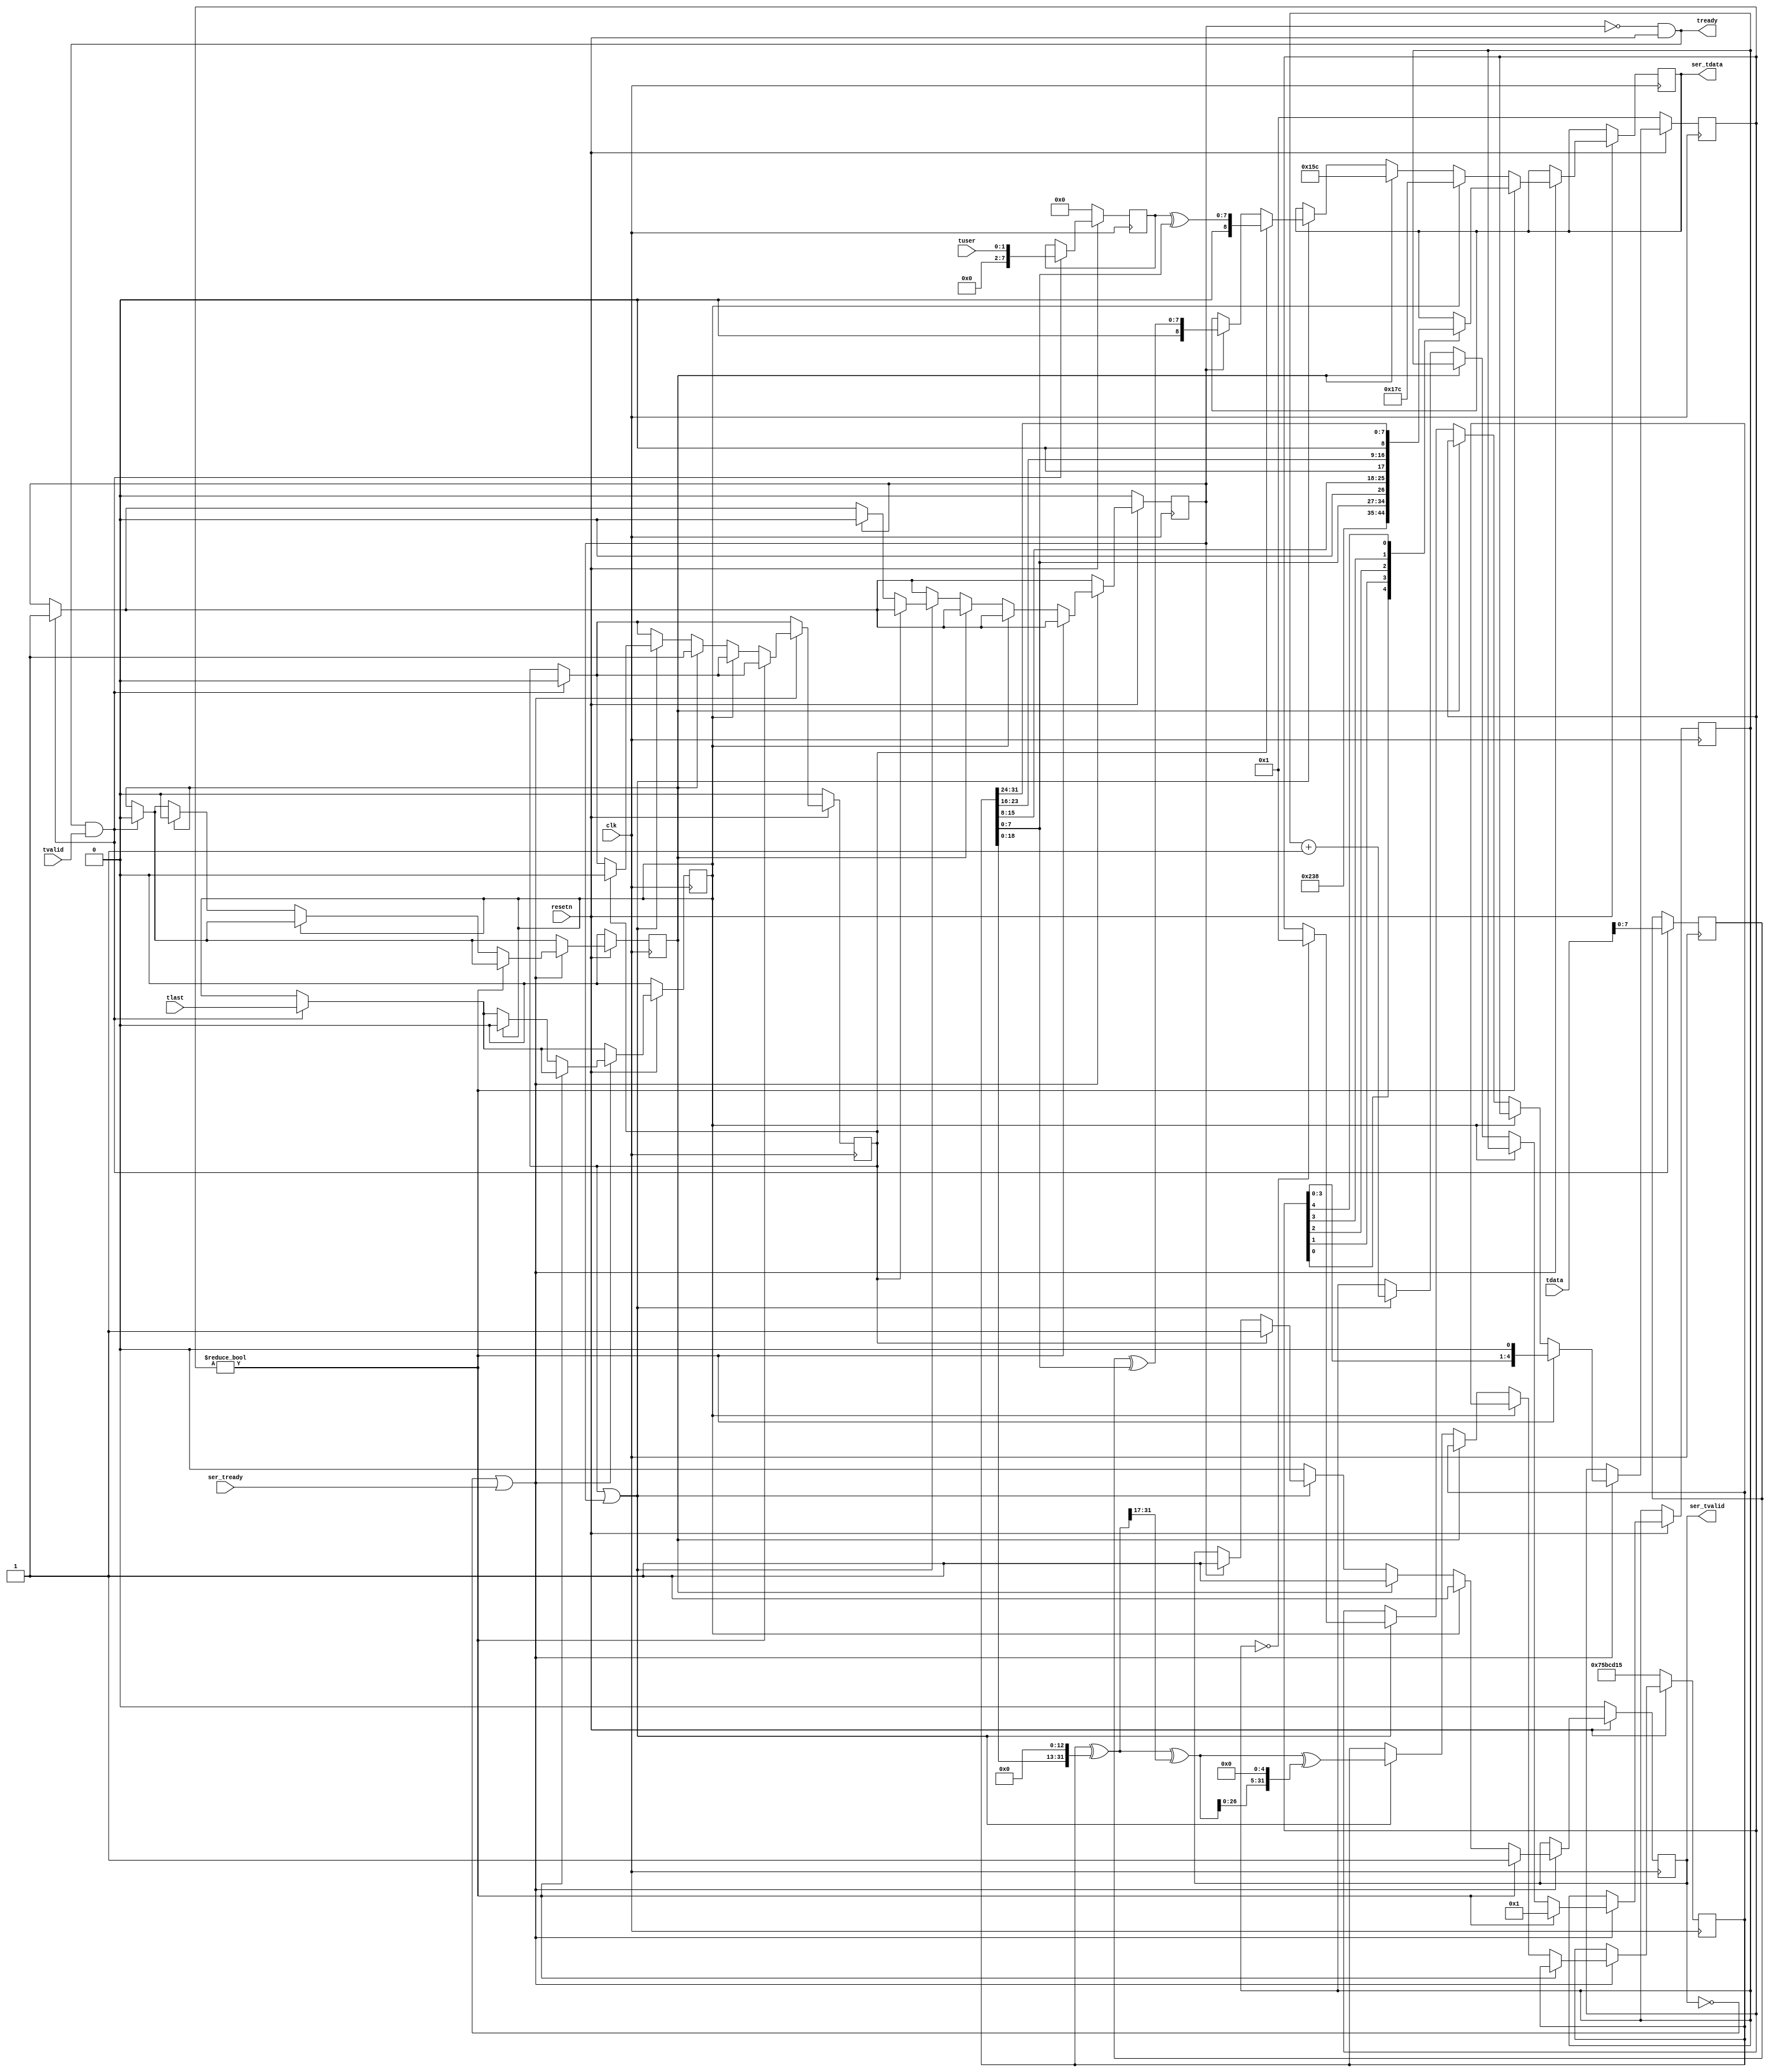
//
// PonyLink Chip-to-Chip Interconnect
//
// Copyright (C) 2014  Clifford Wolf <clifford@clifford.at>
//
// Permission to use, copy, modify, and/or distribute this software for any
// purpose with or without fee is hereby granted, provided that the above
// copyright notice and this permission notice appear in all copies.
//
// THE SOFTWARE IS PROVIDED "AS IS" AND THE AUTHOR DISCLAIMS ALL WARRANTIES
// WITH REGARD TO THIS SOFTWARE INCLUDING ALL IMPLIED WARRANTIES OF
// MERCHANTABILITY AND FITNESS. IN NO EVENT SHALL THE AUTHOR BE LIABLE FOR
// ANY SPECIAL, DIRECT, INDIRECT, OR CONSEQUENTIAL DAMAGES OR ANY DAMAGES
// WHATSOEVER RESULTING FROM LOSS OF USE, DATA OR PROFITS, WHETHER IN AN
// ACTION OF CONTRACT, NEGLIGENCE OR OTHER TORTIOUS ACTION, ARISING OUT OF
// OR IN CONNECTION WITH THE USE OR PERFORMANCE OF THIS SOFTWARE.
//

`timescale 1 ns / 1 ps
// `define NO_PONYLINK_SCRAMBLE

module ponylink_pack_8bits #(
	parameter TDATA_WIDTH = 10,
	parameter TUSER_WIDTH = 0
)(
	input clk,
	input resetn,

	input  [TDATA_WIDTH-1:0] tdata,
	input  [TUSER_WIDTH-1:0] tuser,
	input                    tvalid,
	input                    tlast,
	output                   tready,

	output reg [8:0] ser_tdata,
	output reg       ser_tvalid,
	input            ser_tready
);
	reg [31:0] rng;
	reg [11:0] rng_counter;
	reg [4:0] rng_cursor;

	reg [7:0] queue_tuser, queue_tdata;
	reg queue_tvalid, queue_tlast, queue_send_tuser, queue_send_tuser2;
	assign tready = !queue_tvalid && resetn;

	always @(posedge clk) begin
		if (tready && tvalid) begin
			queue_tuser <= tuser;
			queue_tdata <= tdata;
			queue_tlast <= tlast;
			queue_send_tuser <= (queue_tuser !== tuser) && (TUSER_WIDTH > 0);
			queue_send_tuser2 <= 0;
			queue_tvalid <= 1;
		end
		if (!resetn) begin
`ifdef NO_PONYLINK_SCRAMBLE
			rng = 0;
`else
			rng = 123456789;
`endif
			rng_cursor <= 1;
			queue_tuser <= 0;
			queue_tlast <= 0;
			queue_send_tuser <= 0;
			queue_send_tuser2 <= 0;
			queue_tvalid <= 0;
			ser_tvalid <= 0;
		end else if (!ser_tvalid || ser_tready) begin
			if (rng_cursor) begin
				(* full_case, parallel_case *)
				case (1'b1)
					rng_cursor[0]: ser_tdata <= 9'h11c;
					rng_cursor[1]: ser_tdata <= rng[ 0 +: 8];
					rng_cursor[2]: ser_tdata <= rng[ 8 +: 8];
					rng_cursor[3]: ser_tdata <= rng[16 +: 8];
					rng_cursor[4]: ser_tdata <= rng[24 +: 8];
				endcase
				ser_tvalid <= 1;
				rng_counter <= 1;
				rng_cursor <= rng_cursor << 1;
			end else if (queue_tlast) begin
				ser_tvalid <= 1;
				ser_tdata <= 9'h17c;
				queue_tlast <= 0;
			end else if (queue_send_tuser) begin
				ser_tvalid <= 1;
				ser_tdata <= 9'h15c;
				queue_send_tuser <= 0;
				queue_send_tuser2 <= 1;
			end else if (queue_send_tuser2 || queue_tvalid) begin
				if (queue_send_tuser2) begin
					ser_tvalid <= 1;
					ser_tdata <= queue_tuser ^ rng[7:0];
					queue_send_tuser2 <= 0;
				end else if (queue_tvalid) begin
					ser_tvalid <= 1;
					ser_tdata <= queue_tdata ^ rng[7:0];
					queue_tvalid <= 0;
				end
				rng = rng ^ (rng << 13);
				rng = rng ^ (rng >> 17);
				rng = rng ^ (rng << 5);
				if (!rng_counter)
					rng_cursor <= 1;
				rng_counter <= rng_counter + 1'b1;
			end else
				ser_tvalid <= 0;
		end
	end
endmodule

module ponylink_unpack_8bits #(
	parameter TDATA_WIDTH = 8,
	parameter TUSER_WIDTH = 8
) (
	input clk,
	input resetn,

	output reg [TDATA_WIDTH-1:0] tdata,
	output reg [TUSER_WIDTH-1:0] tuser,
	output reg                   tvalid,
	output reg                   tlast,
	input                        tready,

	input  [8:0] ser_tdata,
	input        ser_tvalid,
	output reg   ser_tready
);
	reg store_tuser;

	reg [31:0] rng;
	reg [3:0] rng_cursor;
	reg rng_next;

	always @(posedge clk) begin
		rng_next <= 0;
		ser_tready <= 0;
		if (tready && tvalid) begin
			tlast <= 0;
			tvalid <= 0;
		end
		if (!resetn) begin
			rng = 123456789;
			rng_cursor <= 0;
			rng_next <= 0;
			tlast <= 0;
			tvalid <= 0;
			tuser <= 0;
		end else if (!ser_tready && ser_tvalid && (!tvalid || tready)) begin
			if (rng_cursor) begin
				(* full_case, parallel_case *)
				case (1'b1)
					rng_cursor[0]: rng[ 0 +: 8] = ser_tdata[7:0];
					rng_cursor[1]: rng[ 8 +: 8] = ser_tdata[7:0];
					rng_cursor[2]: rng[16 +: 8] = ser_tdata[7:0];
					rng_cursor[3]: rng[24 +: 8] = ser_tdata[7:0];
				endcase
				rng_cursor <= rng_cursor << 1;
				ser_tready <= 1;
			end else if (store_tuser) begin
				tuser <= ser_tdata[7:0] ^ rng[7:0];
				store_tuser <= 0;
				ser_tready <= 1;
				rng_next <= 1;
			end else if (ser_tdata == 9'h17c) begin
				tlast <= 1;
				ser_tready <= 1;
			end else if (ser_tdata == 9'h15c) begin
				store_tuser <= 1;
				ser_tready <= 1;
			end else if (ser_tdata == 9'h11c) begin
				rng_cursor <= 1;
				ser_tready <= 1;
			end else begin
				tdata <= ser_tdata[7:0] ^ rng[7:0];
				tvalid <= 1;
				ser_tready <= 1;
				rng_next <= 1;
			end
		end else if (rng_next) begin
			rng = rng ^ (rng << 13);
			rng = rng ^ (rng >> 17);
			rng = rng ^ (rng << 5);
		end
	end
endmodule

module ponylink_pack_generic #(
	parameter TDATA_WIDTH = 10,
	parameter TUSER_WIDTH = 0
) (
	input clk,
	input resetn,

	input  [TDATA_WIDTH-1:0] tdata,
	input  [TUSER_WIDTH-1:0] tuser,
	input                    tvalid,
	input                    tlast,
	output reg               tready,

	output reg [8:0] ser_tdata,
	output reg       ser_tvalid,
	input            ser_tready
);
	localparam TDATA_BYTES = (TDATA_WIDTH + 7) / 8;
	localparam TUSER_BYTES = (TUSER_WIDTH + 7) / 8;

	reg [TDATA_BYTES-1:0] cursor_td;
	reg [TUSER_BYTES-1:0] cursor_tu;
	reg [8*TDATA_BYTES-1:0] current_td;
	reg [8*TUSER_BYTES-1:0] current_tu;
	reg current_tl, mkseq_tu;

	integer i;
	reg [31:0] rng;
	reg [11:0] rng_counter;
	reg [4:0] rng_cursor;

	reg [TDATA_BYTES-1:0] nxt_cursor_td;
	reg [TUSER_BYTES-1:0] nxt_cursor_tu;
	reg nxt_current_tl, nxt_mkseq_tu;

	always @(posedge clk) begin
		ser_tdata <= 'bx;
		ser_tvalid <= 0;
		tready <= 0;
		if (!resetn) begin
			cursor_td = 0;
			cursor_tu = 0;
			current_tu = 0;
			current_tl = 0;
			mkseq_tu = 0;
			nxt_cursor_td = 0;
			nxt_cursor_tu = 0;
			nxt_current_tl = 0;
			nxt_mkseq_tu = 0;
`ifdef NO_PONYLINK_SCRAMBLE
			rng = 0;
`else
			rng = 123456789;
`endif
			rng_counter = 1;
			rng_cursor = 1;
		end else begin
			if (ser_tvalid && ser_tready) begin
				if (!current_tl && !mkseq_tu && !rng_cursor) begin
					rng = rng ^ (rng << 13);
					rng = rng ^ (rng >> 17);
					rng = rng ^ (rng << 5);
					if (!rng_counter)
						rng_cursor = 1;
					rng_counter = rng_counter+1;
				end else
					rng_cursor = rng_cursor << 1;
				cursor_td = nxt_cursor_td;
				cursor_tu = nxt_cursor_tu;
				current_tl = nxt_current_tl;
				mkseq_tu = nxt_mkseq_tu;
			end
			if (tvalid && tready) begin
				cursor_td = 1;
				cursor_tu = (current_tu === tuser || TUSER_WIDTH == 0) ? 0 : 1;
				mkseq_tu = (current_tu === tuser || TUSER_WIDTH == 0) ? 0 : 1;
				current_td = tdata;
				current_tu = tuser;
				current_tl = tlast;

				nxt_cursor_td = cursor_td;
				nxt_cursor_tu = cursor_tu;
				nxt_current_tl = current_tl;
				nxt_mkseq_tu = mkseq_tu;
			end
			if (rng_cursor) begin
				if (rng_cursor[0]) ser_tdata <= 9'h11c;
				if (rng_cursor[1]) ser_tdata <= rng[ 0 +: 8];
				if (rng_cursor[2]) ser_tdata <= rng[ 8 +: 8];
				if (rng_cursor[3]) ser_tdata <= rng[16 +: 8];
				if (rng_cursor[4]) ser_tdata <= rng[24 +: 8];
				ser_tvalid <= 1;
			end else
			if (current_tl) begin
				ser_tdata <= 9'h17c;
				ser_tvalid <= 1;
				nxt_current_tl = 0;
			end else
			if (mkseq_tu) begin
				ser_tdata <= 9'h15c;
				ser_tvalid <= 1;
				nxt_mkseq_tu = 0;
			end else
			if (cursor_tu) begin
				for (i = 0; i < TUSER_BYTES; i = i+1)
					if (cursor_tu[i]) begin ser_tdata <= current_tu[8*i +: 8] ^ rng[7:0]; ser_tvalid <= 1; end
				nxt_cursor_tu = cursor_tu << 1;
			end else
			if (cursor_td) begin
				for (i = 0; i < TDATA_BYTES; i = i+1)
					if (cursor_td[i]) begin ser_tdata <= current_td[8*i +: 8] ^ rng[7:0]; ser_tvalid <= 1; end
				nxt_cursor_td = cursor_td << 1;
			end else
				tready <= 1;
		end
	end
endmodule

module ponylink_unpack_generic #(
	parameter TDATA_WIDTH = 10,
	parameter TUSER_WIDTH = 0
) (
	input clk,
	input resetn,

	output [TDATA_WIDTH-1:0] tdata,
	output [TUSER_WIDTH-1:0] tuser,
	output                   tvalid,
	output                   tlast,
	input                    tready,

	input  [8:0] ser_tdata,
	input        ser_tvalid,
	output reg   ser_tready
);
	reg [TDATA_WIDTH-1:0] buffer_td [0:7];
	reg [TUSER_WIDTH-1:0] buffer_tu [0:7];
	reg                   buffer_tl [0:7];
	reg [2:0] buffer_in, buffer_out;

	localparam TDATA_BYTES = (TDATA_WIDTH + 7) / 8;
	localparam TUSER_BYTES = (TUSER_WIDTH + 7) / 8;

	reg [TDATA_BYTES-1:0] cursor_td;
	reg [TUSER_BYTES-1:0] cursor_tu;
	reg [8*TDATA_BYTES-1:0] next_td;
	reg [8*TUSER_BYTES-1:0] next_tu;
	reg next_tl;

	integer i;
	reg [31:0] rng;
	reg [3:0] rng_cursor;
	reg reset_q;

	assign tdata = buffer_td[buffer_out];
	assign tuser = buffer_tu[buffer_out];
	assign tlast = buffer_tl[buffer_out];
	assign tvalid = buffer_in != buffer_out && resetn;

	always @(posedge clk) begin
		reset_q <= !resetn;
		if (!resetn) begin
			buffer_in <= 0;
			buffer_out <= 0;
			ser_tready <= 0;

			cursor_td = 1;
			cursor_tu = 0;
			next_tl = 0;
			next_tu = 0;
			rng = 0;
			rng_cursor = 0;
		end else begin
			if (!cursor_td && !cursor_tu) begin
				buffer_td[buffer_in] <= next_td;
				buffer_tu[buffer_in] <= next_tu;
				buffer_tl[buffer_in] <= next_tl;
				buffer_in <= buffer_in + 1;
				ser_tready <= (buffer_out - buffer_in) > 3'd3;

				cursor_td = 1;
				next_tl = 0;
			end
			if (ser_tvalid && ser_tready) begin
				if (ser_tdata == 9'h11c) begin
					rng_cursor = 1;
				end else
				if (ser_tdata == 9'h15c && TUSER_BYTES) begin
					cursor_tu = 1;
				end else
				if (ser_tdata == 9'h17c) begin
					next_tl = 1;
				end else
				if (rng_cursor) begin
					if (rng_cursor[0]) rng[ 0 +: 8] = ser_tdata;
					if (rng_cursor[1]) rng[ 8 +: 8] = ser_tdata;
					if (rng_cursor[2]) rng[16 +: 8] = ser_tdata;
					if (rng_cursor[3]) rng[24 +: 8] = ser_tdata;
					rng_cursor = rng_cursor << 1;
				end else begin
					for (i = 0; i < TUSER_BYTES; i = i+1)
						if (cursor_tu[i]) next_tu[8*i +: 8] = ser_tdata ^ rng[7:0];
					for (i = 0; i < TDATA_BYTES; i = i+1)
						if (cursor_td[i]) next_td[8*i +: 8] = ser_tdata ^ rng[7:0];
					if (cursor_tu && TUSER_BYTES)
						cursor_tu = cursor_tu << 1;
					else
						cursor_td = cursor_td << 1;
					rng = rng ^ (rng << 13);
					rng = rng ^ (rng >> 17);
					rng = rng ^ (rng << 5);
				end
			end
			if (tvalid && tready) begin
				buffer_out <= buffer_out + 1;
				ser_tready <= 1;
			end
			if (reset_q)
				ser_tready <= 1;
		end
	end
endmodule